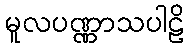
မူလပဏ္ဏာသပါဠိ